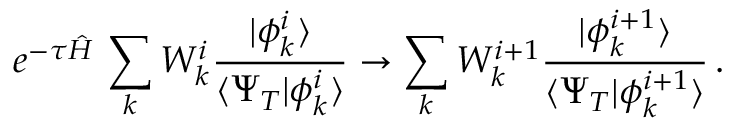
e ^ { - \tau \hat { H } } \, \sum _ { k } W _ { k } ^ { i } \frac { | \phi _ { k } ^ { i } \rangle } { \langle \Psi _ { T } | \phi _ { k } ^ { i } \rangle } \rightarrow \sum _ { k } W _ { k } ^ { i + 1 } \frac { | \phi _ { k } ^ { i + 1 } \rangle } { \langle \Psi _ { T } | \phi _ { k } ^ { i + 1 } \rangle } \, .